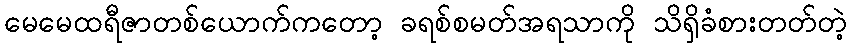
မေမေထရီဇာတစ်ယောက်ကတော့ ခရစ်စမတ်အရသာကို သိရှိခံစားတတ်တဲ့